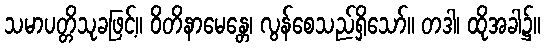
သမာပတ္တိသုခဖြင့်။ ဝိတိနာမေန္တေ၊ လွန်စေသည်ရှိသော်။ တဒါ၊ ထိုအခါ၌။